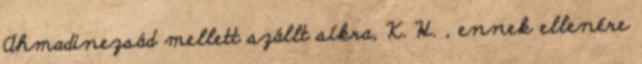
Ahmadinezsád mellett szállt síkra, K. H. , ennek ellenére